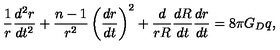
\frac { 1 } { r } \frac { d ^ { 2 } r } { d t ^ { 2 } } + \frac { n - 1 } { r ^ { 2 } } \left( \frac { d r } { d t } \right) ^ { 2 } + \frac { d } { r R } \frac { d R } { d t } \frac { d r } { d t } = 8 \pi G _ { D } q ,